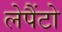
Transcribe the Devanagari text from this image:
लेपैंटो